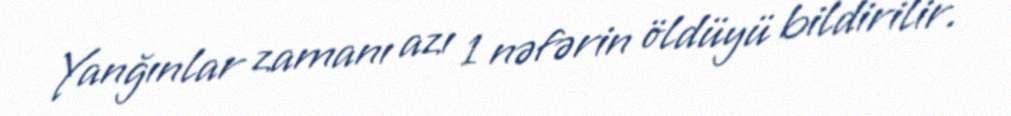
Yanğınlar zamanı azı 1 nəfərin öldüyü bildirilir.